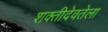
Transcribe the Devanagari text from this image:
शक्तीदेवतेला